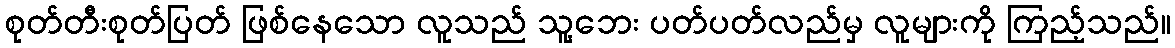
စုတ်တီးစုတ်ပြတ် ဖြစ်နေသော လူသည် သူ့ဘေး ပတ်ပတ်လည်မှ လူများကို ကြည့်သည်။